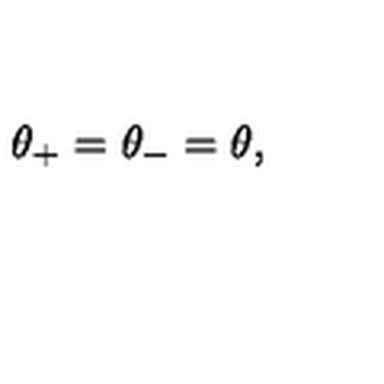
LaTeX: \: \theta _ { + } = \theta _ { - } = \theta , \: